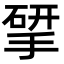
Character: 揅